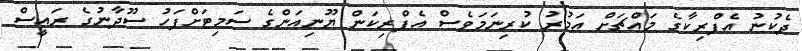
ދެކުނު އެފްރިކާގެ މައްޗަށް އަމުރު ކުރިނަމަވެސް އެފްރިކަން ޔޫނިއަންގެ ސަމިޓަށްފަހު ސޫދާނުގެ ރައީސް